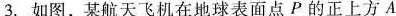
3.如图，某航天飞机在地球表面点P的正上方A